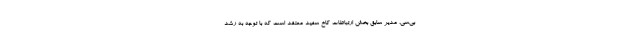
بی‌سی، مدیر سابق بخش ارتباطات کاخ سفید معتقد است که با توجه به رشد